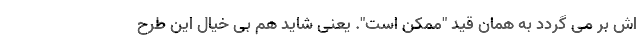
اش بر می گردد به همان قید "ممکن است". یعنی شاید هم بی خیال این طرح